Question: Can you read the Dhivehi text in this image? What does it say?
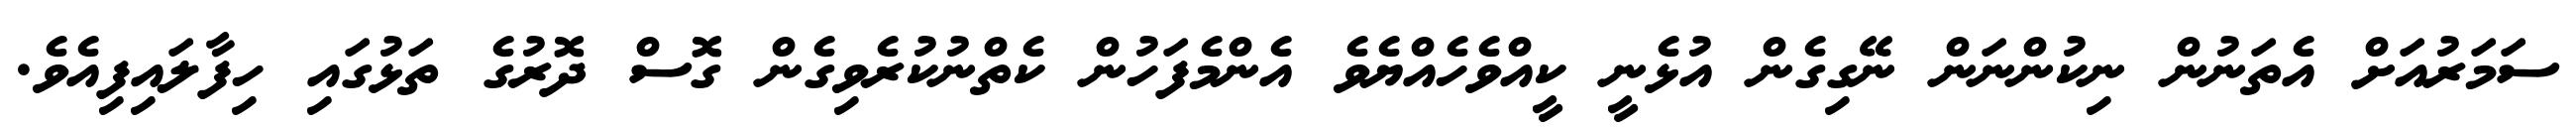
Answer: ސަމަރުއަށް އެތަނުން ނިކުންނަން ނޭގިގެން އުޅެނީ ކީއްވެހެއްޔެވެ އެންމެފަހުން ކެތްނުކުރެވިގެން ގޮސް ދޮރުގެ ތަޅުގައި ހިފާލައިފިއެވެ.